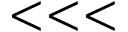
< < <